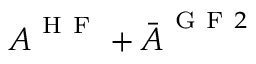
\boldsymbol { A } ^ { \mathrm { ~ H ~ F ~ } } + \Bar { \boldsymbol { A } } ^ { \mathrm { ~ G ~ F ~ } 2 }